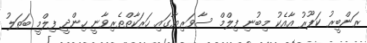
ރަންބީރު ކަޕޫރު އާއެކު މިބުނި ފިލްމް ސާވަރިޔާގައި ހަރަކާތްތެރިވާނީ ހިންދީ ފިލްމީ ބަތަލު